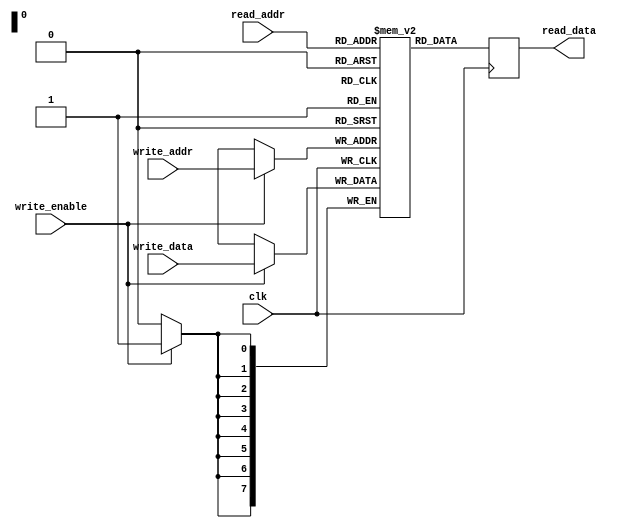
module dual_port_ram (
  input wire clk,
  input wire [7:0] read_addr,
  output reg [7:0] read_data,
  input wire [7:0] write_addr,
  input wire [7:0] write_data,
  input wire write_enable
);

reg [7:0] memory [0:255];

always @(posedge clk) begin
  if (write_enable)
    memory[write_addr] <= write_data;
  read_data <= memory[read_addr];
end

endmodule